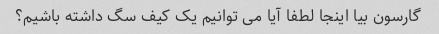
گارسون بیا اینجا لطفا آیا می توانیم یک کیف سگ داشته باشیم؟